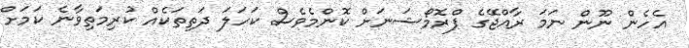
އެހެން ނޫން ނަމަ ރާއްޖޭގެ ޕްރޮމޯޝަނަށް ކޮންމެވެސް ކަހަލަ ދަތިތަކެއް ކުރިމަތިވާނެ ކަމަށް